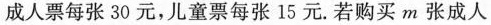
成人票每张30元，儿童票每张15元。若购买m张成人